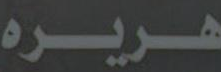
هريره